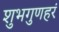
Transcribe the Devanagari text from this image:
शुभगुणहरं